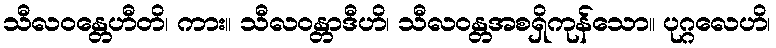
သီလဝန္တေဟီတိ၊ ကား။ သီလဝန္တာဒီဟိ၊ သီလဝန္တအစရှိကုန်သော။ ပုဂ္ဂလေဟိ၊